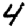
Digit: 4